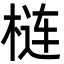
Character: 梿